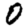
Digit: 0